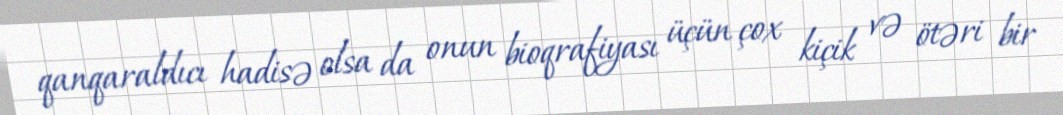
qanqaraldıcı hadisə olsa da onun bioqrafiyası üçün çox kiçik və ötəri bir